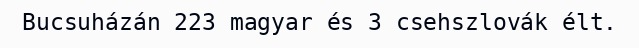
Bucsuházán 223 magyar és 3 csehszlovák élt.